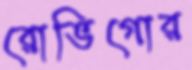
রোভিগোর